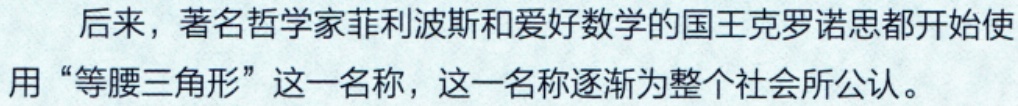
后来，著名哲学家菲利波斯和爱好数学的国王克罗诺思都开始使用“等腰三角形”这一名称，这一名称逐渐为整个社会所公认。